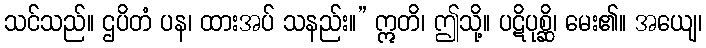
သင်သည်။ ဌပိတံ ပန၊ ထားအပ် သနည်း။” ဣတိ၊ ဤသို့။ ပဋိပုစ္ဆိ၊ မေး၏။ အယျေ၊